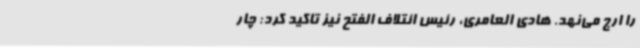
را ارج می‌نهد. هادی العامری، رئیس ائتلاف الفتح نیز تاکید کرد: چار